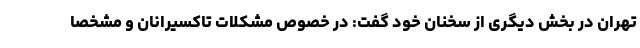
تهران در بخش دیگری از سخنان خود گفت: در خصوص مشکلات تاکسیرانان و مشخصا